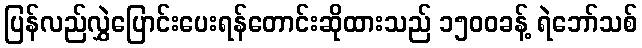
ပြန်လည်လွှဲပြောင်းပေးရန်တောင်းဆိုထားသည် ၁၅၀၀ခန့် ရဲဘော်သစ်